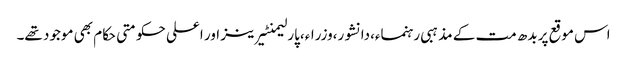
اس موقع پر بدھ مت کے مذہبی رہنماء،دانشور،وزراء،پارلیمنٹیرینز اور اعلی حکومتی حکام بھی موجود تھے۔